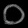
Digit: ၀